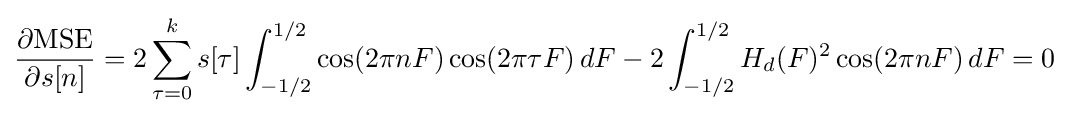
{\frac {\partial {\text{MSE}}}{\partial s[n]}}=2\sum _{\tau =0}^{k}s[\tau ]\int _{-1/2}^{1/2}\cos(2\pi nF)\cos(2\pi \tau F)\,dF-2\int _{-1/2}^{1/2}H_{d}(F)^{2}\cos(2\pi nF)\,dF=0